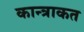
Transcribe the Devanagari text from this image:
कान्त्राकत